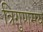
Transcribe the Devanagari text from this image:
त्रिगुणमय